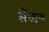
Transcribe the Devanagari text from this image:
सेंजन